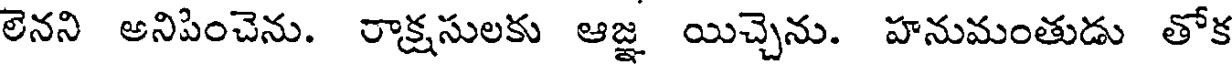
లెనని అనిపించెను. రాక్షసులకు ఆజ్ఞ యిచ్చెను. హనుమంతుడు తోక